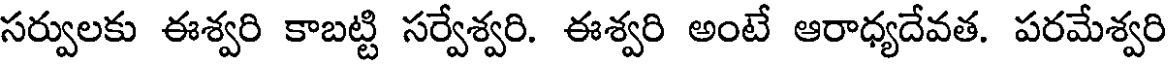
సర్వులకు ఈశ్వరి కాబట్టి సర్వేశ్వరి. ఈశ్వరి అంటే ఆరాధ్యదేవత. పరమేశ్వరి